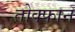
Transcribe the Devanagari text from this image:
तोक्फान